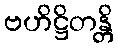
ဗဟိဋ္ဌိတန္တိ